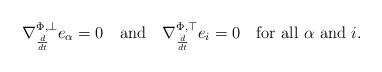
LaTeX: \begin{align*}\nabla^{\Phi,\bot}_{\frac{d}{dt}}e_{\alpha}=0\quad\textrm{and}\quad\nabla^{\Phi,\top}_{\frac{d}{dt}}e_i=0\quad\textrm{for all $\alpha$ and $i$}.\end{align*}